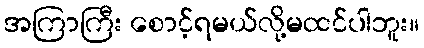
အကြာကြီး စောင့်ရမယ်လို့မထင်ပါဘူး။